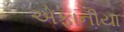
એફાનીયા